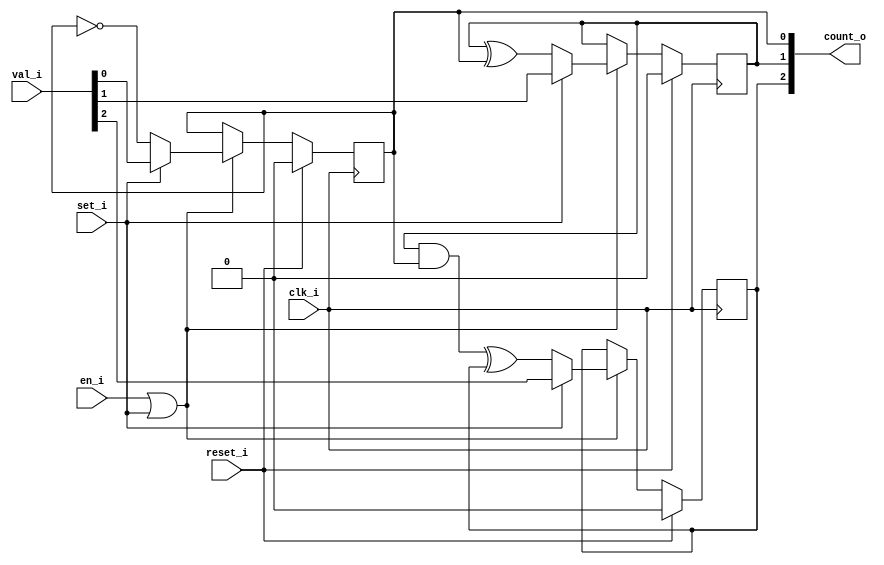
/* Generated by Yosys 0.27+9 (git sha1 101d19bb6, gcc 11.2.0-7ubuntu2 -fPIC -Os) */

(* top =  1  *)

module bsg_counter_set_en(clk_i, reset_i, set_i, en_i, val_i, count_o);
  wire _00_;
  wire _01_;
  wire _02_;
  wire _03_;
  wire _04_;
  wire _05_;
  wire _06_;
  wire _07_;
  
  input clk_i;
  wire clk_i;
  
  output [2:0] count_o;
  reg [2:0] count_o;
  
  input en_i;
  wire en_i;
  
  input reset_i;
  wire reset_i;
  
  input set_i;
  wire set_i;
  
  input [2:0] val_i;
  wire [2:0] val_i;
  assign _00_ = en_i | set_i;
  assign _01_ = ~count_o[0];
  assign _05_ = set_i ? val_i[0] : _01_;
  assign _02_ = count_o[1] ^ count_o[0];
  assign _06_ = set_i ? val_i[1] : _02_;
  assign _03_ = count_o[1] & count_o[0];
  assign _04_ = _03_ ^ count_o[2];
  assign _07_ = set_i ? val_i[2] : _04_;
  (* \always_ff  = 32'd1 *)
  
  always @(posedge clk_i)
    if (reset_i) count_o[0] <= 1'h0;
    else if (_00_) count_o[0] <= _05_;
  (* \always_ff  = 32'd1 *)
  
  always @(posedge clk_i)
    if (reset_i) count_o[1] <= 1'h0;
    else if (_00_) count_o[1] <= _06_;
  (* \always_ff  = 32'd1 *)
  
  always @(posedge clk_i)
    if (reset_i) count_o[2] <= 1'h0;
    else if (_00_) count_o[2] <= _07_;
endmodule